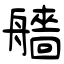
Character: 艢